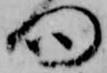
向